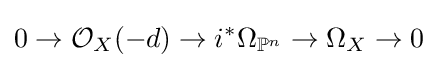
0\to {\mathcal {O}}_{X}(-d)\to i^{*}\Omega _{\mathbb {P} ^{n}}\to \Omega _{X}\to 0